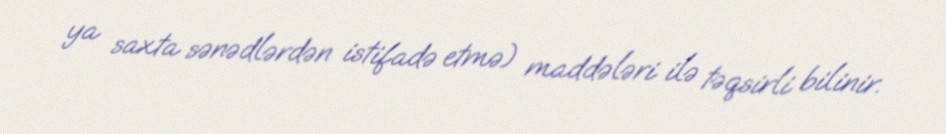
ya saxta sənədlərdən istifadə etmə) maddələri ilə təqsirli bilinir.